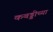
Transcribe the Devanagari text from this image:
कबड्डीच्या